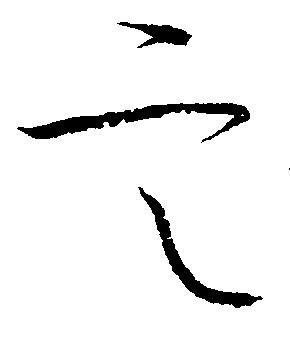
定